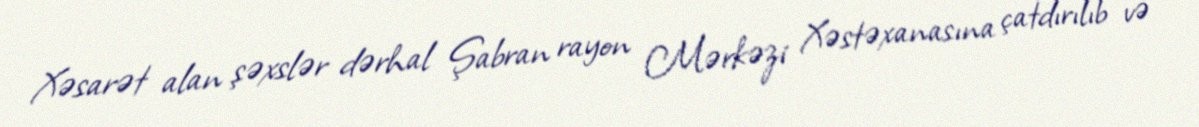
Xəsarət alan şəxslər dərhal Şabran rayon Mərkəzi Xəstəxanasına çatdırılıb və